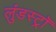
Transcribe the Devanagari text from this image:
लुंडस्ट्राॅ